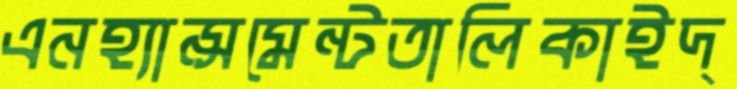
এনহ্যান্সমেন্টতালিকাইদ্